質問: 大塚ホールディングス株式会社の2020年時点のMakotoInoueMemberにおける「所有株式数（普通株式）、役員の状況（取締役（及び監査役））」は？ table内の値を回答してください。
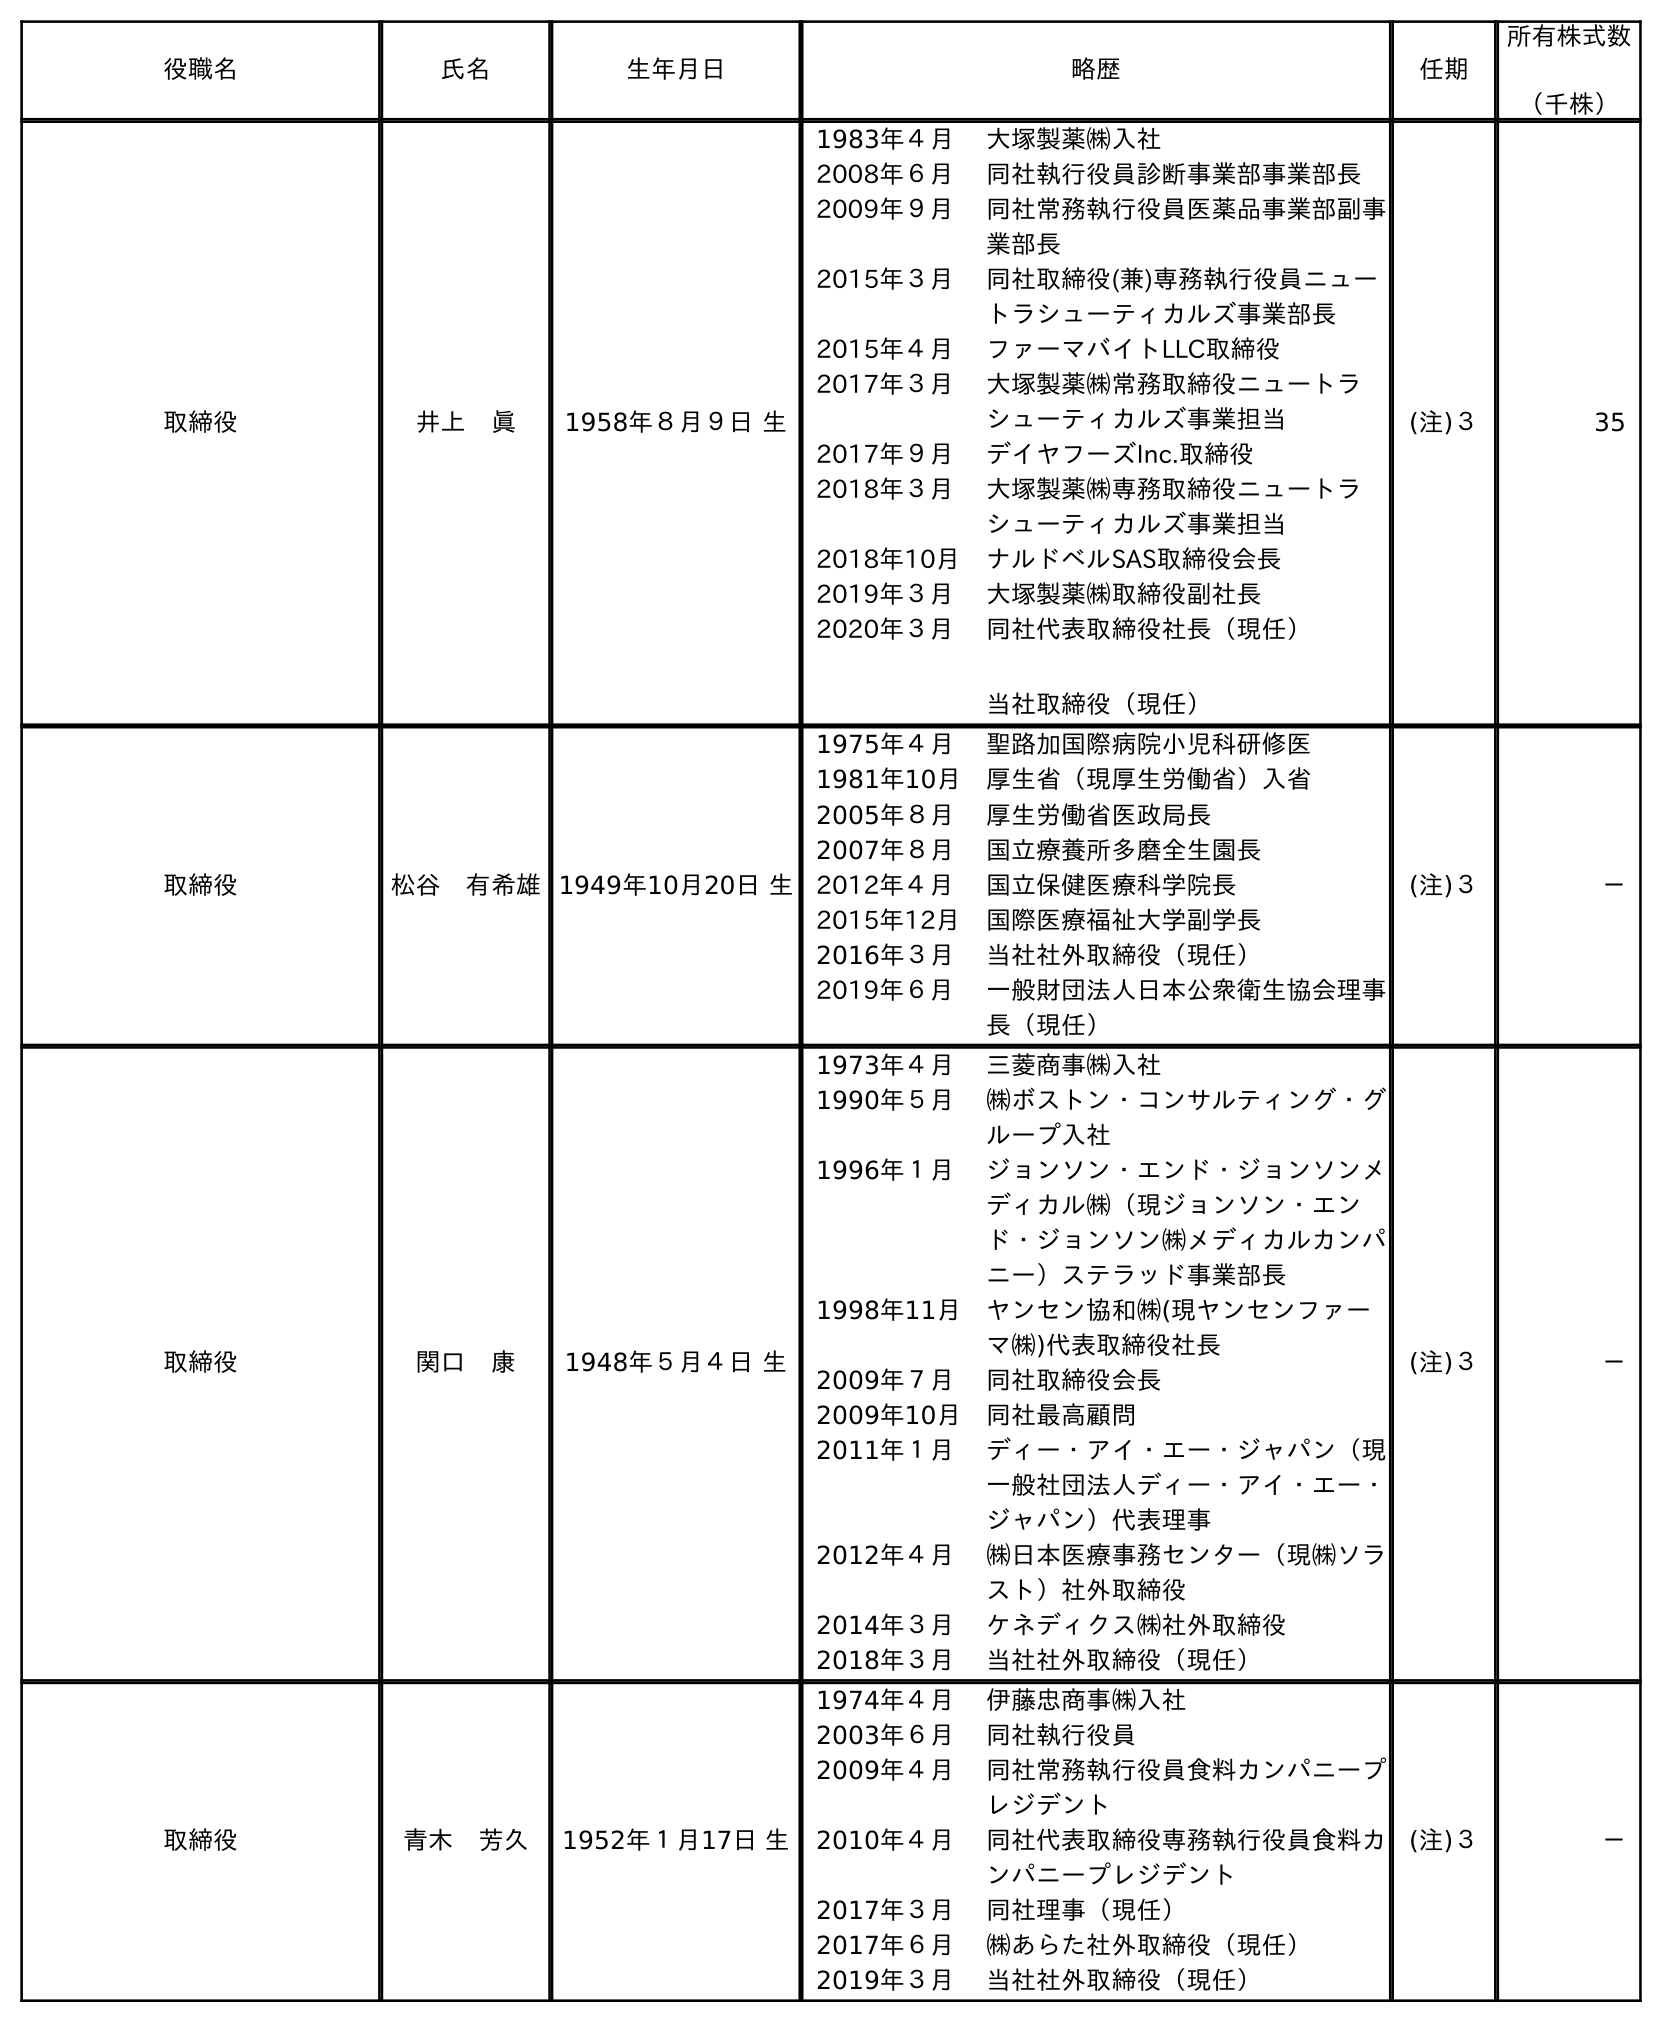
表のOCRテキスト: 役職名 氏名 生年月日 略歴 任期 所有株式数 （千株） 取締役 井上 眞 1958年８月９日 生 1983年４月 大塚製薬㈱入社 2008年６月 同社執行役員診断事業部事業部長 2009年９月 同社常務執行役員医薬品事業部副事 業部長 2015年３月 同社取締役(兼)専務執行役員ニュー トラシューティカルズ事業部長 2015年４月 ファーマバイトLLC取締役 2017年３月 大塚製薬㈱常務取締役ニュートラ シューティカルズ事業担当 2017年９月 デイヤフーズInc.取締役 2018年３月 大塚製薬㈱専務取締役ニュートラ シューティカルズ事業担当 2018年10月 ナルドベルSAS取締役会長 2019年３月 大塚製薬㈱取締役副社長 2020年３月 同社代表取締役社長（現任） 当社取締役（現任） (注)３ 35 取締役 松谷 有希雄1949年10月20日 生 1975年４月 聖路加国際病院小児科研修医 1981年10月 厚生省（現厚生労働省）入省 2005年８月 厚生労働省医政局長 2007年８月 国立療養所多磨全生園長 2012年４月 国立保健医療科学院長 2015年12月 国際医療福祉大学副学長 2016年３月 当社社外取締役（現任） 2019年６月 一般財団法人日本公衆衛生協会理事 長（現任） (注)３ － 取締役 関口 康 1948年５月４日 生 1973年４月 三菱商事㈱入社 1990年５月 ㈱ボストン・コンサルティング・グ ループ入社 1996年１月 ジョンソン・エンド・ジョンソンメ ディカル㈱（現ジョンソン・エン ド・ジョンソン㈱メディカルカンパ ニー）ステラッド事業部長 1998年11月 ヤンセン協和㈱(現ヤンセンファー マ㈱)代表取締役社長 2009年７月 同社取締役会長 2009年10月 同社最高顧問 2011年１月 ディー・アイ・エー・ジャパン（現 一般社団法人ディー・アイ・エー・ ジャパン）代表理事 2012年４月 ㈱日本医療事務センター（現㈱ソラ スト）社外取締役 2014年３月 ケネディクス㈱社外取締役 2018年３月 当社社外取締役（現任） (注)３ － 取締役 青木 芳久 1952年１月17日 生 1974年４月 伊藤忠商事㈱入社 2003年６月 同社執行役員 2009年４月 同社常務執行役員食料カンパニープ レジデント 2010年４月 同社代表取締役専務執行役員食料カ ンパニープレジデント 2017年３月 同社理事（現任） 2017年６月 ㈱あらた社外取締役（現任） 2019年３月 当社社外取締役（現任） (注)３ －
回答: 35